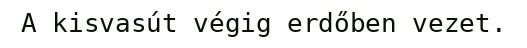
A kisvasút végig erdőben vezet.